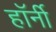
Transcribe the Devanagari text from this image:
हॉर्नी